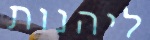
ליהנות